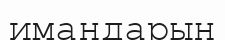
имандарын